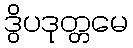
ဒွိပဒုတ္တမေ